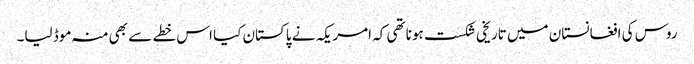
روس کی افغانستان میں تاریخی شکست ہونا تھی کہ امریکہ نے پاکستان کیا اس خطے سے بھی منہ موڈ لیا۔